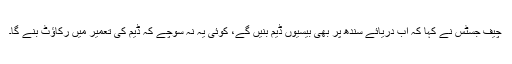
چیف جسٹس نے کہا کہ اب دریائے سندھ پر بھی بیسیوں ڈیم بنیں گے، کوئی یہ نہ سوچے کہ ڈیم کی تعمیر میں رکاؤٹ بنے گا۔